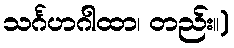
သင်္ဂဟဂါထာ၊ တည်း။)